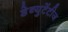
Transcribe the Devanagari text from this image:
डेब्युटेंटीज